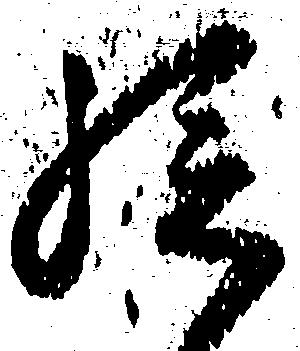
孫